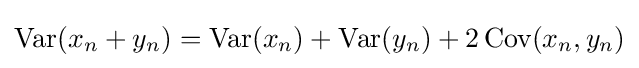
\operatorname {Var} (x_{n}+y_{n})=\operatorname {Var} (x_{n})+\operatorname {Var} (y_{n})+2\operatorname {Cov} (x_{n},y_{n})